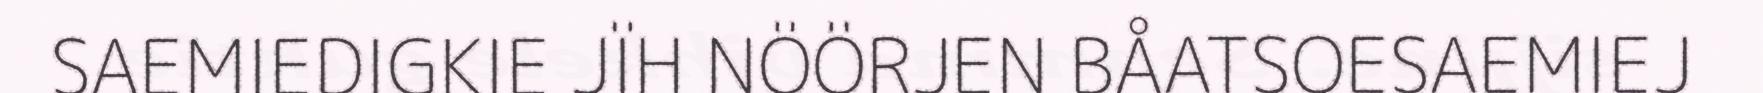
SAEMIEDIGKIE JÏH NÖÖRJEN BÅATSOESAEMIEJ